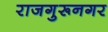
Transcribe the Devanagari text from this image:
राजगुरूनगर